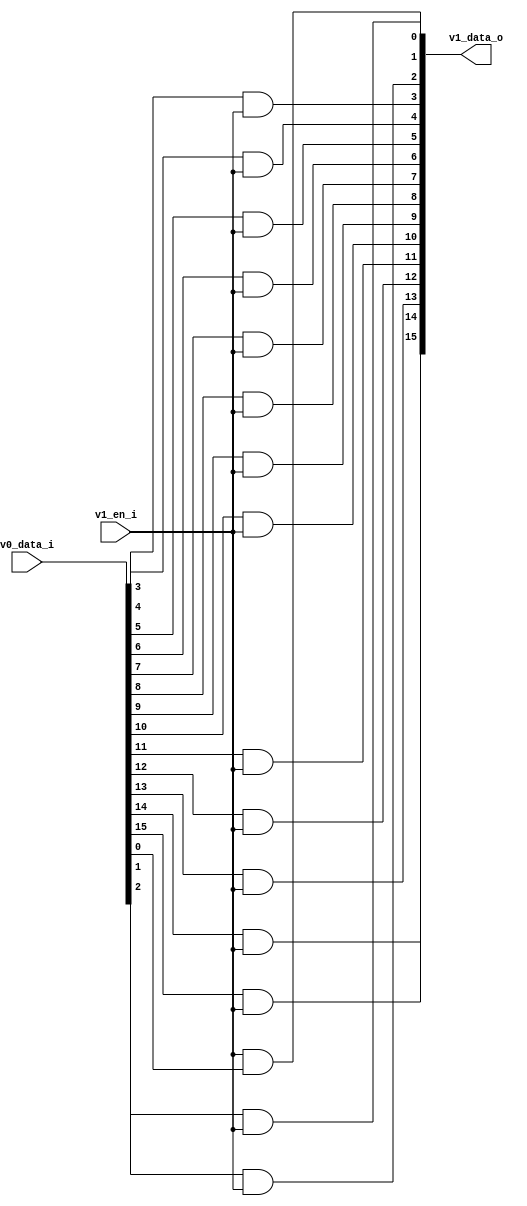
/* Generated by Yosys 0.27+9 (git sha1 101d19bb6, gcc 11.2.0-7ubuntu2 -fPIC -Os) */

(* top =  1  *)

module bsg_level_shift_up_down_sink(v0_data_i, v1_en_i, v1_data_o);
  
  input [15:0] v0_data_i;
  wire [15:0] v0_data_i;
  
  output [15:0] v1_data_o;
  wire [15:0] v1_data_o;
  
  input v1_en_i;
  wire v1_en_i;
  assign v1_data_o[3] = v0_data_i[3] & v1_en_i;
  assign v1_data_o[4] = v0_data_i[4] & v1_en_i;
  assign v1_data_o[5] = v0_data_i[5] & v1_en_i;
  assign v1_data_o[6] = v0_data_i[6] & v1_en_i;
  assign v1_data_o[7] = v0_data_i[7] & v1_en_i;
  assign v1_data_o[8] = v0_data_i[8] & v1_en_i;
  assign v1_data_o[9] = v0_data_i[9] & v1_en_i;
  assign v1_data_o[10] = v0_data_i[10] & v1_en_i;
  assign v1_data_o[11] = v0_data_i[11] & v1_en_i;
  assign v1_data_o[12] = v0_data_i[12] & v1_en_i;
  assign v1_data_o[13] = v0_data_i[13] & v1_en_i;
  assign v1_data_o[14] = v0_data_i[14] & v1_en_i;
  assign v1_data_o[15] = v0_data_i[15] & v1_en_i;
  assign v1_data_o[0] = v1_en_i & v0_data_i[0];
  assign v1_data_o[1] = v0_data_i[1] & v1_en_i;
  assign v1_data_o[2] = v0_data_i[2] & v1_en_i;
endmodule